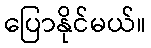
ပြောနိုင်မယ်။